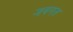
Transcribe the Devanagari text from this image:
जबगत